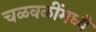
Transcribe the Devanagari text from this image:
चळवळींमध्यें